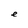
Character: e